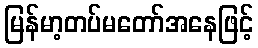
မြန်မာ့တပ်မတော်အနေဖြင့်